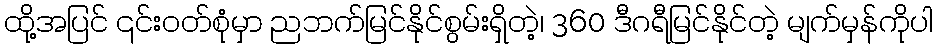
ထို့အပြင် ၎င်းဝတ်စုံမှာ ညဘက်မြင်နိုင်စွမ်းရှိတဲ့၊ 360 ဒီဂရီမြင်နိုင်တဲ့ မျက်မှန်ကိုပါ